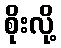
စိုးလို့